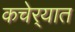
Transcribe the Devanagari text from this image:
कचेर्‍यात